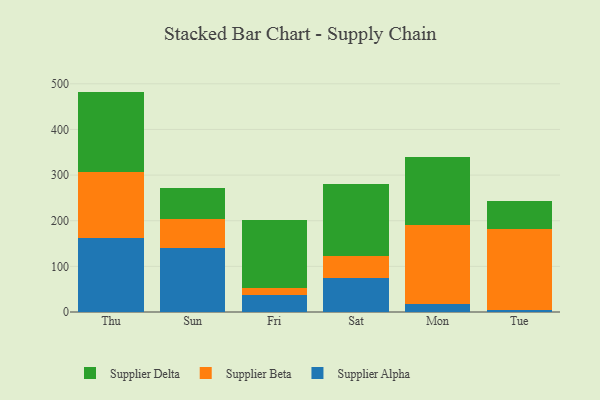
{"axis": {"x": "Day", "y": "Gross Profit (USD K)"}, "legend": ["Supplier Alpha", "Supplier Beta", "Supplier Delta"], "data": [{"x": "Thu", "y": 161.1, "type": "Supplier Alpha"}, {"x": "Thu", "y": 146.4, "type": "Supplier Beta"}, {"x": "Thu", "y": 175.4, "type": "Supplier Delta"}, {"x": "Sun", "y": 139.8, "type": "Supplier Alpha"}, {"x": "Sun", "y": 64.2, "type": "Supplier Beta"}, {"x": "Sun", "y": 67.8, "type": "Supplier Delta"}, {"x": "Fri", "y": 37.1, "type": "Supplier Alpha"}, {"x": "Fri", "y": 15.7, "type": "Supplier Beta"}, {"x": "Fri", "y": 149.8, "type": "Supplier Delta"}, {"x": "Sat", "y": 75.3, "type": "Supplier Alpha"}, {"x": "Sat", "y": 46.7, "type": "Supplier Beta"}, {"x": "Sat", "y": 159.2, "type": "Supplier Delta"}, {"x": "Mon", "y": 16.6, "type": "Supplier Alpha"}, {"x": "Mon", "y": 173.0, "type": "Supplier Beta"}, {"x": "Mon", "y": 151.1, "type": "Supplier Delta"}, {"x": "Tue", "y": 5.0, "type": "Supplier Alpha"}, {"x": "Tue", "y": 177.2, "type": "Supplier Beta"}, {"x": "Tue", "y": 61.6, "type": "Supplier Delta"}]}